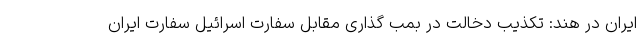
ایران در هند: تکذیب دخالت در بمب گذاری مقابل سفارت اسرائیل سفارت ایران